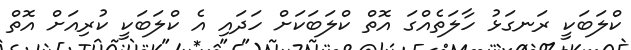
ކްލަބަކީ ރަނގަޅު ހާލަތެއްގަ އޮތް ކްލަބަކަށް ހަދައި އެ ކްލަބަކީ ކުރިއަށް އޮތް